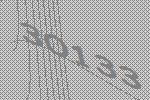
30133